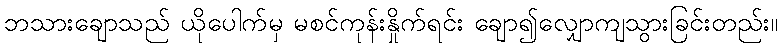
ဘသားချောသည် ယိုပေါက်မှ မစင်ကုန်းနှိုက်ရင်း ချော၍လျှောကျသွားခြင်းတည်း။